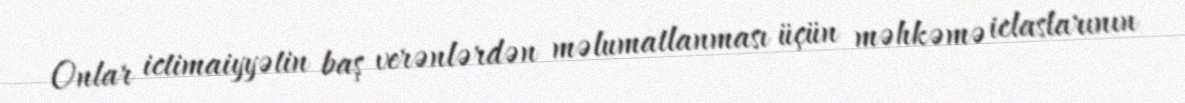
Onlar ictimaiyyətin baş verənlərdən məlumatlanması üçün məhkəmə iclaslarının